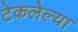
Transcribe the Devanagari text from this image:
टेकलेल्या